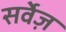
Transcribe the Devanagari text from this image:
सर्वेज़